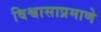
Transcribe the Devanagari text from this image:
विश्वासाप्रमाणे